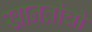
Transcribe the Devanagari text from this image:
खानतीची